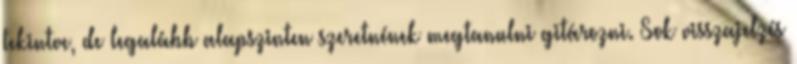
tekintve, de legalább alapszinten szeretnének megtanulni gitározni. Sok visszajelzés